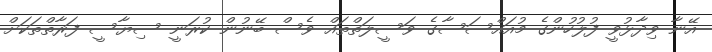
އޭނާ ވިދާޅުވީ ފުލުހުންގެ މުއައްސަސާގެ ވަސީލަތްތައް ވެސް ބޭނުން ކުރަނީ ސިޔާސީ ފަރާތްތަކަށް